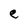
Character: e